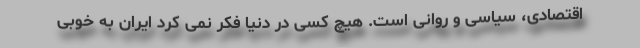
اقتصادی، سیاسی و روانی است. هیچ کسی در دنیا فکر نمی کرد ایران به خوبی